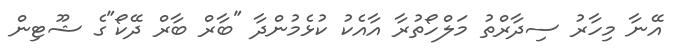
އޭނާ މިހާރު ސިދާރްތު މަލްހޯތުރާ އާއެކު ކުޅެމުންދާ "ބާރް ބާރް ދޭކޯ"ގެ ޝޫޓިން